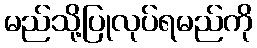
မည်သို့ပြုလုပ်ရမည်ကို